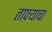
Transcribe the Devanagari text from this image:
ताफ़्याचा